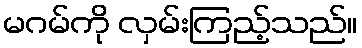
မဂမ်ကို လှမ်းကြည့်သည်။